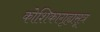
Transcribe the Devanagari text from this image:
कोशिकागृह्यसूत्र